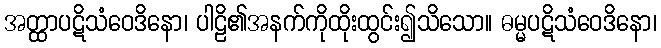
အတ္ထာပဋိသံဝေဒိနော၊ ပါဠိ၏အနက်ကိုထိုးထွင်း၍သိသော။ ဓမ္မပဋိသံဝေဒိနော၊